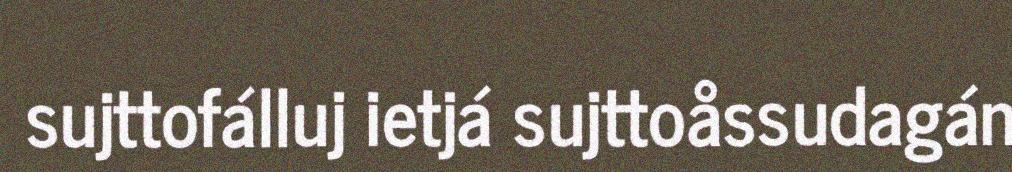
sujttofálluj ietjá sujttoåssudagán